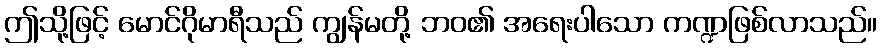
ဤသို့ဖြင့် မောင်ဂိုမာရီသည် ကျွန်မတို့ ဘဝ၏ အရေးပါသော ကဏ္ဍဖြစ်လာသည်။